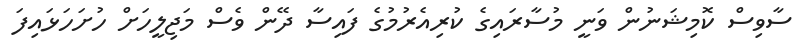
ސާވިސް ކޮމިޝަނުން ވަނީ މުސާރައިގެ ކުރިއެރުމުގެ ފައިސާ ދޭން ވެސް މަޖިލީހަށް ހުށަހަޅައިފަ